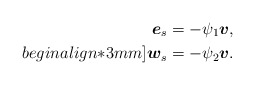
\begin{align*}\mbox{\mathversion{bold}$e$}_{s} &= -\psi_{1}\mbox{\mathversion{bold}$v$}, \\begin{align*}3mm]\mbox{\mathversion{bold}$w$}_{s} &= -\psi_{2}\mbox{\mathversion{bold}$v$}.\end{align*}